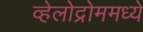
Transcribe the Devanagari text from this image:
व्हेलोद्रोममध्ये